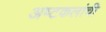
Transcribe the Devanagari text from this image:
अष्‍टकलांची